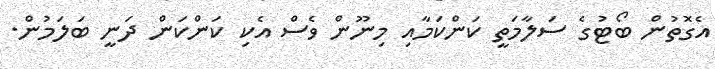
އެގޮތުން ބޯޓުގެ ސަލާމަތީ ކަންކަމާއި މިނޫން ވެސް އެކި ކަންކަން ދަނީ ބަލަމުން.